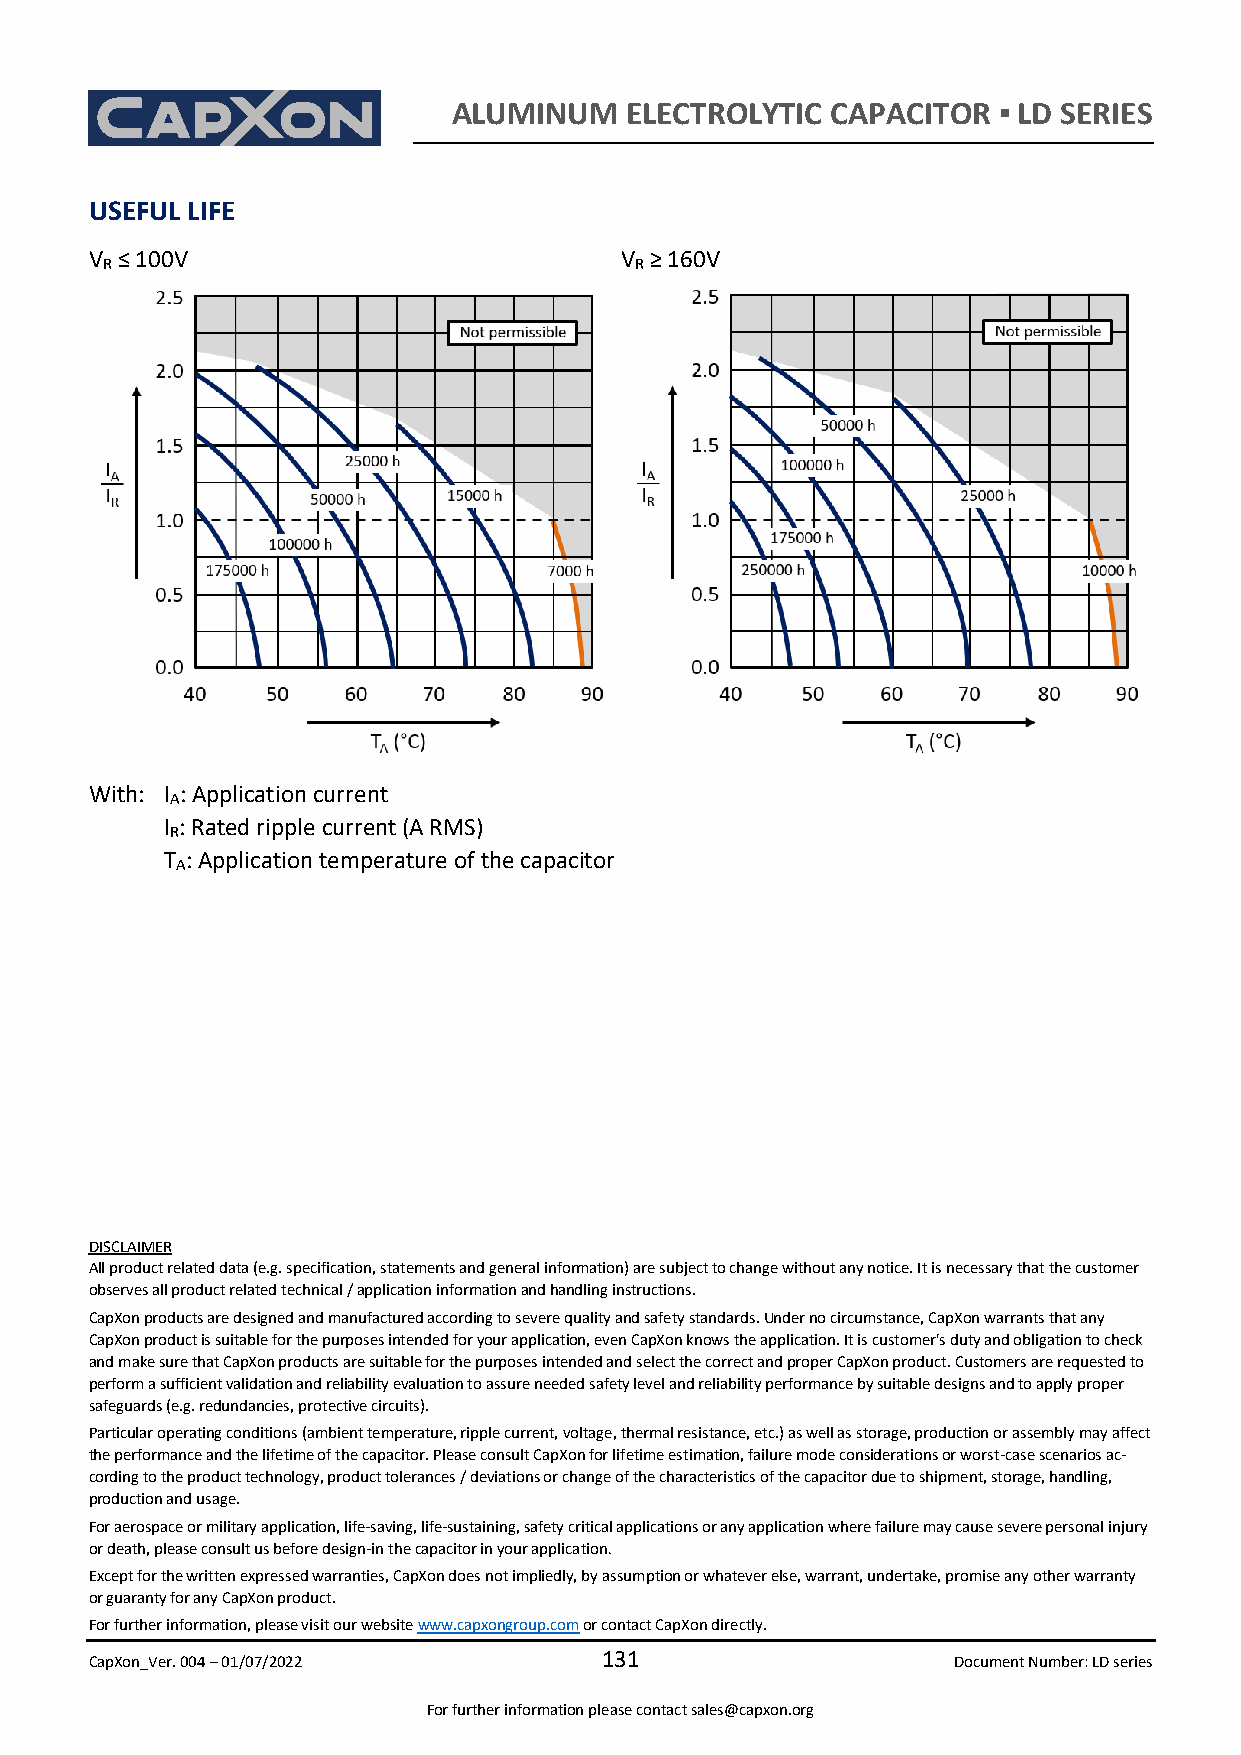
ALUMINUM   ELECTROLYTIC  CAPACITOR  ▪ LD SERIES
 USEFUL LIFE
 V R ≤ 100V                         V R ≥ 160V
 With: I : Application current
 A
 I : Rated ripple current (A RMS)
 R
 T : Application temperature of the capacitor
 A
 DISCLAIMER
 All product related data (e.g. specification, statements and general information) are subject to change without any notice. It is necessary that the customer
 observes all product related technical / application information and handling instructions.
 CapXon products are designed and manufactured according to severe quality and safety standards. Under no circumstance, CapXon warrants that any
 CapXon product is suitable for the purposes intended for your application, even CapXon knows the application. It is customer's duty and obligation to check
 and make sure that CapXon products are suitable for the purposes intended and select the correct and proper CapXon product. Customers are requested to
 perform a sufficient validation and reliability evaluation to assure needed safety level and reliability performance by suitable designs and to apply proper
 safeguards (e.g. redundancies, protective circuits).
 Particular operating conditions (ambient temperature, ripple current, voltage, thermal resistance, etc.) as well as storage, production or assembly may affect
 the performance and the lifetime of the capacitor. Please consult CapXon for lifetime estimation, failure mode considerations or worst-case scenarios ac-
 cording to the product technology, product tolerances / deviations or change of the characteristics of the capacitor due to shipment, storage, handling,
 production and usage.
 For aerospace or military application, life-saving, life-sustaining, safety critical applications or any application where failure may cause severe personal injury
 or death, please consult us before design-in the capacitor in your application.
 Except for the written expressed warranties, CapXon does not impliedly, by assumption or whatever else, warrant, undertake, promise any other warranty
 or guaranty for any CapXon product.
 For further information, please visit our website www.capxongroup.com or contact CapXon directly.
 CapXon_Ver. 004 – 01/07/2022
 131
 Document Number: LD series
 For further information please contact sales@capxon.org